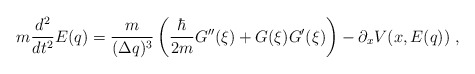
\begin{align*}m\frac{d^{2}}{dt^{2}}E(q) = \frac{m}{{(\Delta q)^{3}}}\left(\frac{\hbar}{2m}G''(\xi) + G(\xi)G'(\xi) \right) - \partial_{x}V(x,E(q)) \; ,\end{align*}